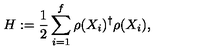
H : = \frac 1 2 \sum _ { i = 1 } ^ { f } \rho ( X _ { i } ) ^ { \dagger } \rho ( X _ { i } ) ,